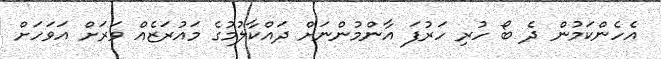
އެހެންކަމުން ދެ ބޯ ހުރި ހަރުފަ އާންމުންނަށް ދައްކާލުމުގެ މައުރަޒެއް ވަރަށް އަވަހަށް